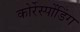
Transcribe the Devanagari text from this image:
कोर्रेस्पोंडिंग